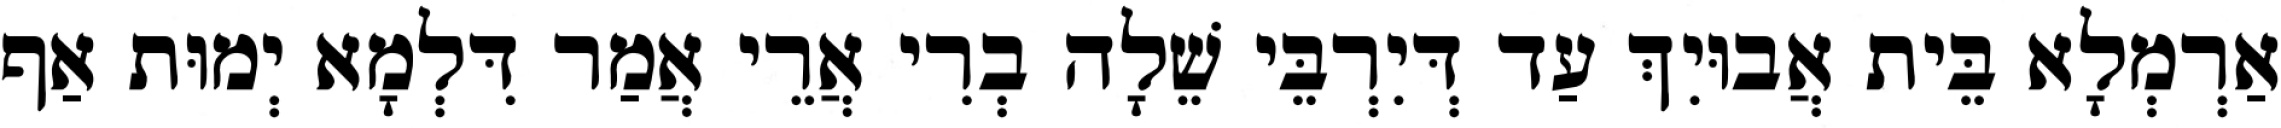
אַרְמְלָא בֵּית אֲבוּיִךְ עַד דְּיִרְבֵּי שֵׁלָה בְרִי אֲרֵי אֲמַר דִּלְמָא יְמוּת אַף